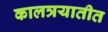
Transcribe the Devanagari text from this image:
कालत्रयातीत